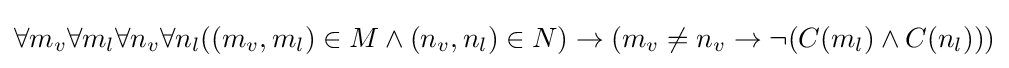
\forall m_{v}\forall m_{l}\forall n_{v}\forall n_{l}((m_{v},m_{l})\in M\land (n_{v},n_{l})\in N)\to (m_{v}\neq n_{v}\to \neg (C(m_{l})\land C(n_{l})))